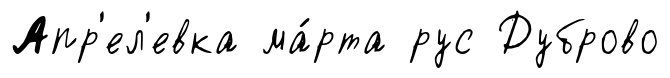
Апр'ел'евка ма́рта рус Дуброво